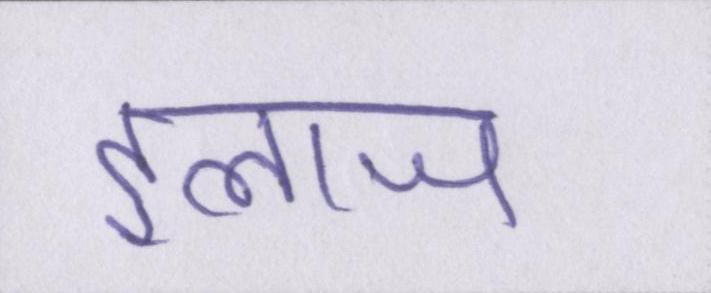
इलाज